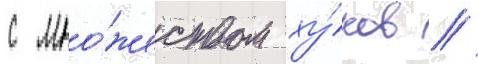
с мно́жеством ху́ков //